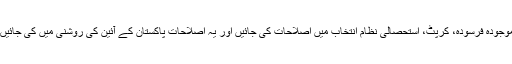
موجودہ فرسودہ، کرپٹ، استحصالی نظام انتخاب میں اصلاحات کی جائیں اور یہ اصلاحات پاکستان کے آئین کی روشنی میں کی جائیں۔